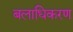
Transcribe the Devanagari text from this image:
बलाधिकरण